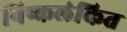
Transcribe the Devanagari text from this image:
निष्कलंकित